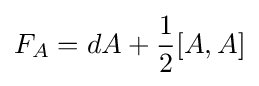
F_{A}=dA+{\frac {1}{2}}[A,A]